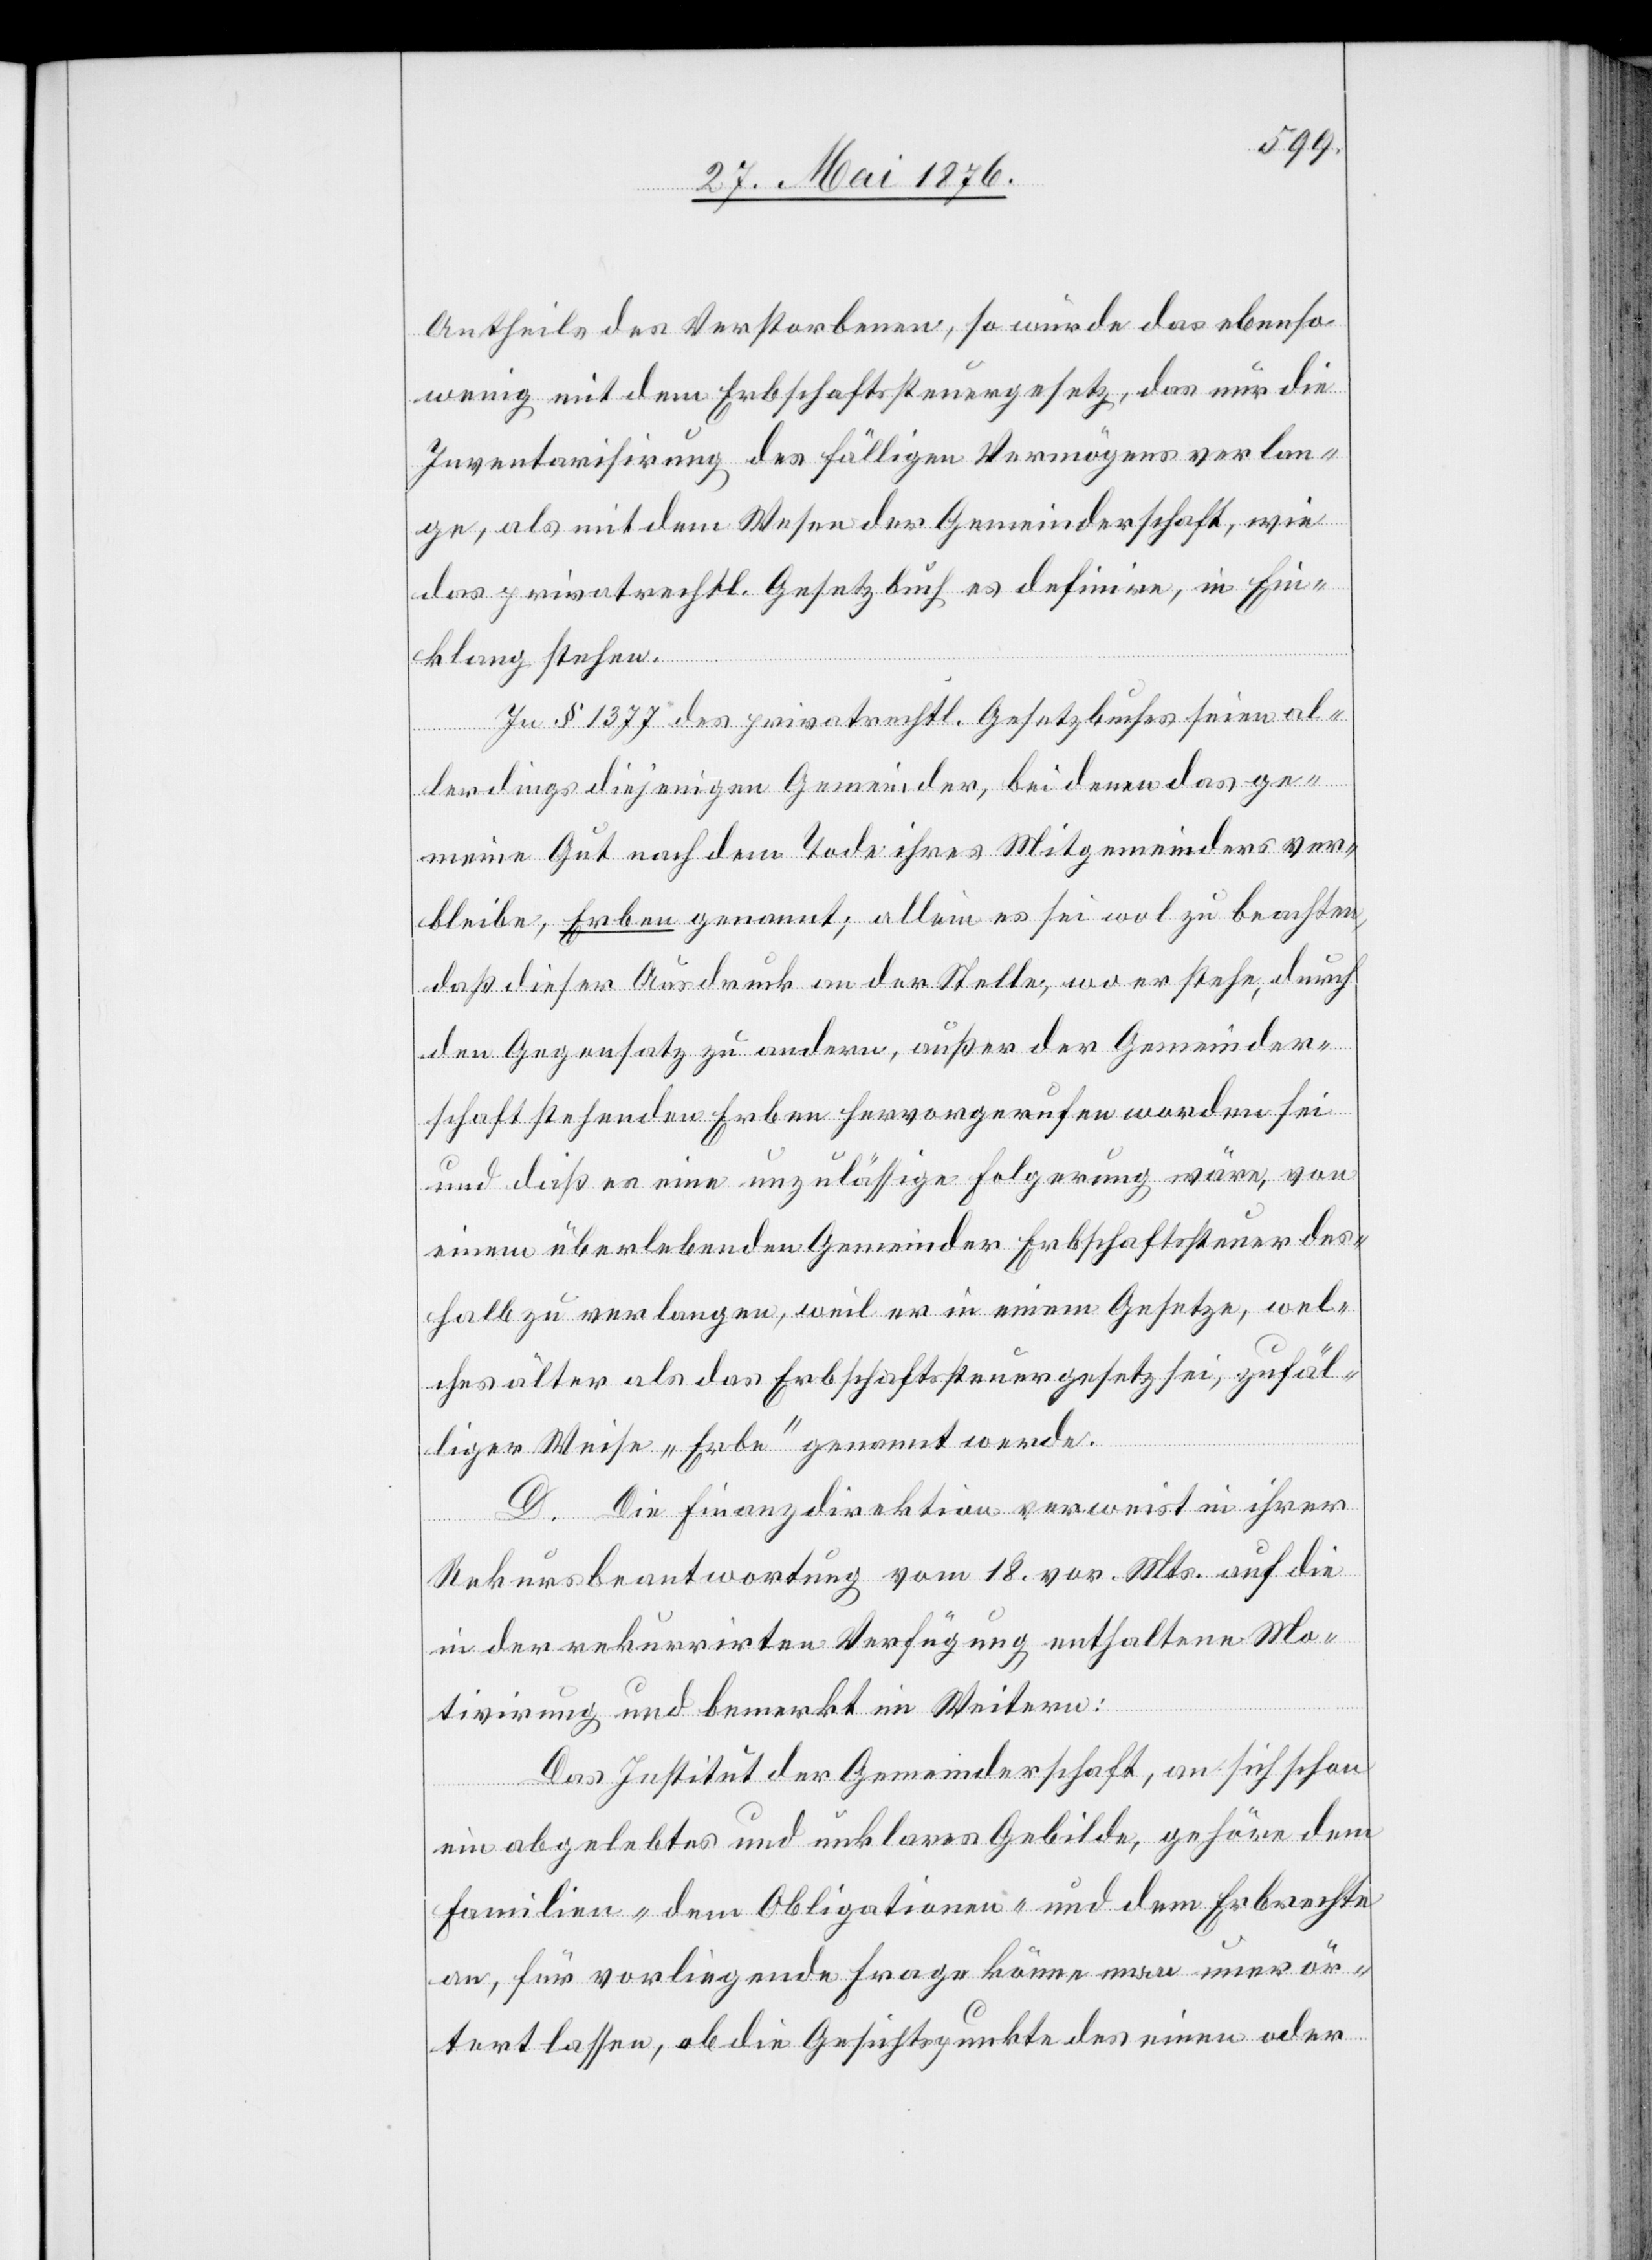
Antheils des Verstorbenen, so würde das ebenso
wenig mit dem Erbschaftssteuergesetz, das nur die
Inventarisirung des fälligen Vermögens verlan¬
ge, als mit dem Wesen der Gemeinderschaft, wie
das privatrechtl. Gesetzbuch es definiere, in Ein¬
klang stehen.
In § 1377 des privatrechtl. Gesetzbuches seien al¬
lerdings diejenigen Gemeinder, bei denen das ge¬
meine Gut nach dem Tode ihres Mitgemeinders ver¬
bleibe, Erben genannt; allein es sei wol zu beachten,
daß dieser Ausdruck an der Stelle, wo er stehe, durch
den Gegensatz zu andern, außer der Gemeinder¬
schaft stehenden Erben hervorgerufen worden sei
und daß es eione unzulässige Folgerung wäre, von
einem überlebenden Gemeinder Erbschaftssteuer des¬
halb zu verlangen, weil er in einem Gesetze, wel¬
ches älter als das Erbschaftssteuergesetz sei, gefäl¬
liger Weise „Erbe“ genannt werde.
D. Die Finanzdirektion verweist in ihrer
Rekursbeantwortung vom 18. vor. Mts. auf die
in der rekurrirten Verfügung enthaltene Mo¬
tivirung und bemerkt im Weitern:
Das Institut der Gemeinderschaft, an sich schon
ein abgelebtes und unklares Gebilde, gehöre dem
Familien- dem Obligationen- und dem Erbrechte
an, für vorliegende Frage könne man unerör¬
tert lassen, ob die Gesichtspunkte des einen oder